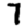
Digit: 7